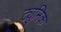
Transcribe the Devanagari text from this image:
ट्युनिक